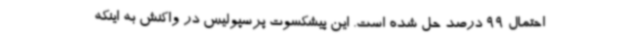
احتمال 99 درصد حل شده است. این پیشکسوت پرسپولیس در واکنش به اینکه